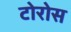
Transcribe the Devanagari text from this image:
टोरोस